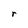
Character: r